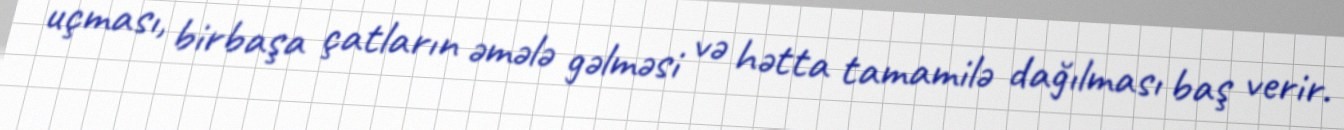
uçması, birbaşa çatların əmələ gəlməsi və hətta tamamilə dağılması baş verir.